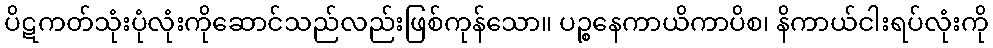
ပိဋကတ်သုံးပုံလုံးကိုဆောင်သည်လည်းဖြစ်ကုန်သော။ ပဉ္စနေကာယိကာပိစ၊ နိကာယ်ငါးရပ်လုံးကို